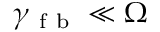
\gamma _ { \mathrm { ~ f ~ b ~ } } \ll \Omega